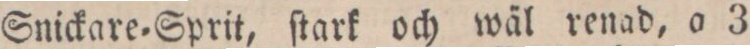
Snickare=Sprit, ſtark och wäl renad, a 3